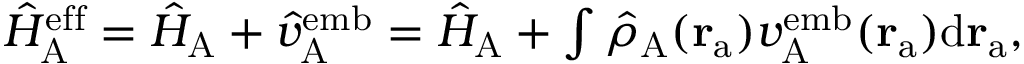
\begin{array} { r } { \hat { H } _ { \mathrm { A } } ^ { \mathrm { e f f } } = \hat { H } _ { \mathrm { A } } + \hat { v } _ { \mathrm { A } } ^ { \mathrm { e m b } } = \hat { H } _ { \mathrm { A } } + \int \hat { \rho } _ { \mathrm { A } } ( \mathbf { r } _ { \mathrm { a } } ) { v } _ { \mathrm { A } } ^ { \mathrm { e m b } } ( \mathbf { r } _ { \mathrm { a } } ) \mathrm { d } \mathbf { r } _ { \mathrm { a } } , } \end{array}